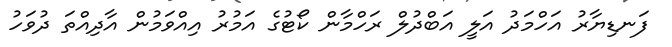
ފަނޑިޔާރު އަހްމަދު އަލީ އަބްދުލް ރަހްމާން ކޯޓުގެ އަމުރު އިއްވަމުން އާދިއްތަ ދުވަހު